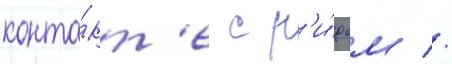
конта́кт'е с р'и́фом //